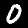
Digit: 0